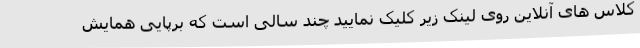
کلاس های آنلاین روی لینک زیر کلیک نمایید چند سالی است که برپایی همایش